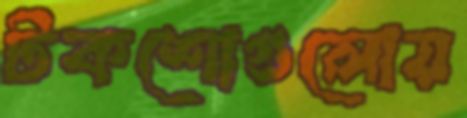
টকশোগুলোয়